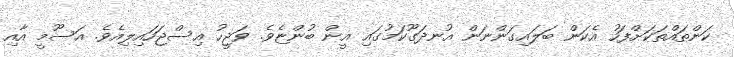
ކަންތައްތަކަށްފަހު އެކަން ބަލައިގަންނަން އުނދަގޫކަމުގައި އީން ބުންޏެވެ. ވަޖީހު އިސްޖަހައިލިއެވެ. އަސޫމީ އާއި